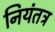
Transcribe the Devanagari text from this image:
नियंतत्र